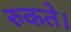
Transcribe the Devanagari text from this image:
रुकते।